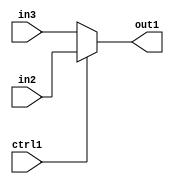
`timescale 1ps / 1ps
/*****************************************************************************
    Verilog RTL Description
    
    
    Created by: CellMath Designer 2019.1.01 
*******************************************************************************/

module bias_add_N_Mux_2_2_3_4_1 (
	in3,
	in2,
	ctrl1,
	out1
	); /* architecture "behavioural" */ 
input [1:0] in3,
	in2;
input  ctrl1;
output [1:0] out1;
wire [1:0] asc001;

reg [1:0] asc001_tmp_0;
assign asc001 = asc001_tmp_0;
always @ (ctrl1 or in2 or in3) begin
	case (ctrl1)
		1'B1 : asc001_tmp_0 = in2 ;
		default : asc001_tmp_0 = in3 ;
	endcase
end

assign out1 = asc001;
endmodule

/* CADENCE  uLbxSgA= : u9/ySgnWtBlWxVPRXgAZ4Og= ** DO NOT EDIT THIS LINE ******/